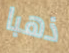
ذهبا